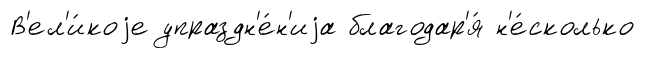
В'ел'и́коjе упраздн'е́н'иjа благодар'я́ н'е́сколько